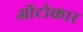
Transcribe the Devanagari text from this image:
ऑटोकार